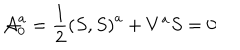
LaTeX: { \cal A } _ { 0 } ^ { a } = \frac 1 2 \left( S , S \right) ^ { a } + V ^ { a } S = 0